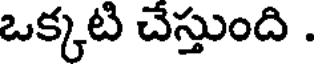
ఒక్కటి చేస్తుంది .